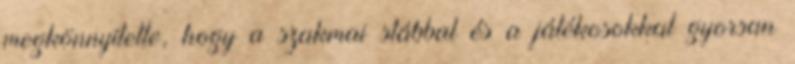
megkönnyítette, hogy a szakmai stábbal és a játékosokkal gyorsan